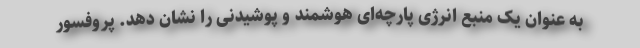
به عنوان یک منبع انرژی پارچه‌ای هوشمند و پوشیدنی را نشان دهد. پروفسور